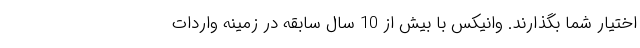
اختیار شما بگذارند. وانیکس با بیش از 10 سال سابقه در زمینه واردات